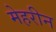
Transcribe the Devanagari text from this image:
मेहरीन